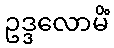
ဥဒ္ဒလောမိံ